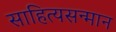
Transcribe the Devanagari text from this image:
साहित्यसन्मान